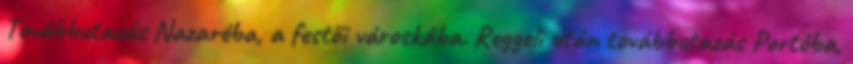
Továbbutazás Nazaréba, a festői városkába. Reggeli után továbbutazás Portóba,